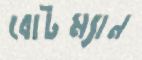
বোটম্যান